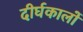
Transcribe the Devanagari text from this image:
दीर्घकालों